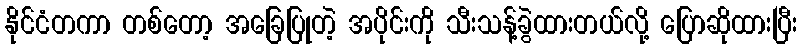
နိုင်ငံတကာ တစ်တော့ အခြေပြုတဲ့ အပိုင်းကို သီးသန့်ခွဲထားတယ်လို့ ပြောဆိုထားပြီး